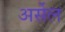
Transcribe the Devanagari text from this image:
अर्सेल